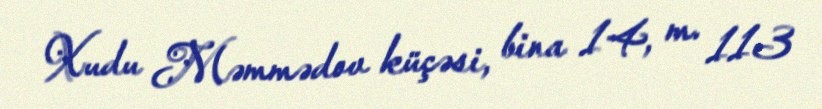
Xudu Məmmədov küçəsi, bina 14, m. 113